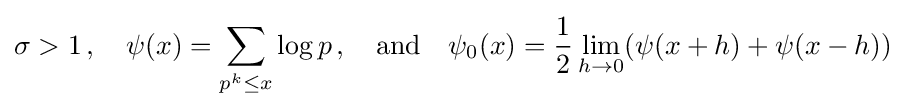
\sigma >1\,,\quad \psi (x)=\sum _{p^{k}\leq x}\log p\,,\quad {\text{and}}\quad \psi _{0}(x)={\frac {1}{2}}\lim _{h\to 0}(\psi (x+h)+\psi (x-h))